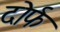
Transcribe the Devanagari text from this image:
दोर्फ